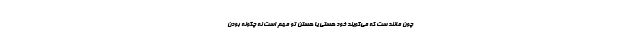
چون مانند ست که می‌گویند خودِ هستی یا هستنِ تو مهم است نه چگونه بودن